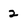
Character: 2